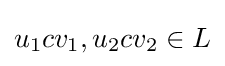
u_{1}cv_{1},u_{2}cv_{2}\in L